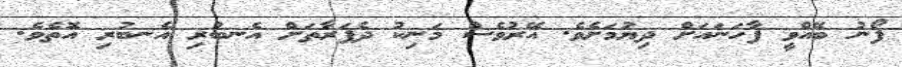
ފޯނު ބޭއްވީ ފާހަނައަށް ދިޔުމަށެވެ. އޭރުވެސް މަނިކު ދެފަރާތަށް އެނބުރި އެނބުރި އޮތެވެ.